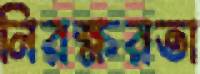
নিরক্ষরতা